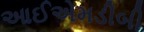
આઈએમડીબી